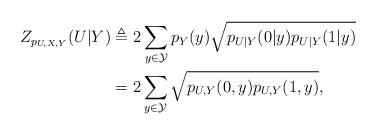
LaTeX: \begin{align*}Z_{p_{U, X, Y}}(U|Y) & \triangleq 2\sum_{y\in \mathcal{Y}}p_{Y}(y)\sqrt{p_{U|Y}(0|y)p_{U|Y}(1|y)}\\& = 2\sum_{y\in \mathcal{Y}}\sqrt{p_{U,Y}(0, y)p_{U,Y}(1,y)}, \end{align*}